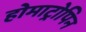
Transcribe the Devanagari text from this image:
होमाट्रोपिन